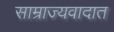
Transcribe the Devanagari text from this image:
साम्राज्यवादात